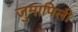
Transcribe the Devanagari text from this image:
जुमापिली